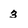
Character: 3